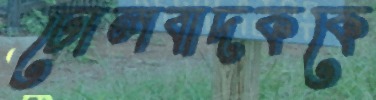
ঢোলবাদককে